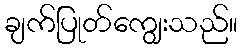
ချက်ပြုတ်ကျွေးသည်။